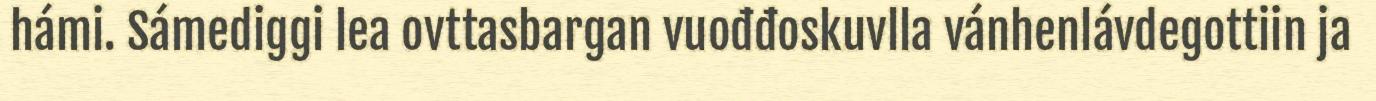
hámi. Sámediggi lea ovttasbargan vuođđoskuvlla vánhenlávdegottiin ja